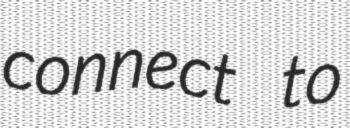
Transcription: connect to